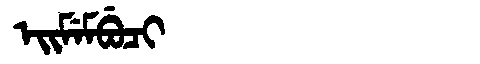
Manchu: ᡝᡳᠮᡝᠮᠪᡠᠴᡳ
Romanization: EIMEMBUCI